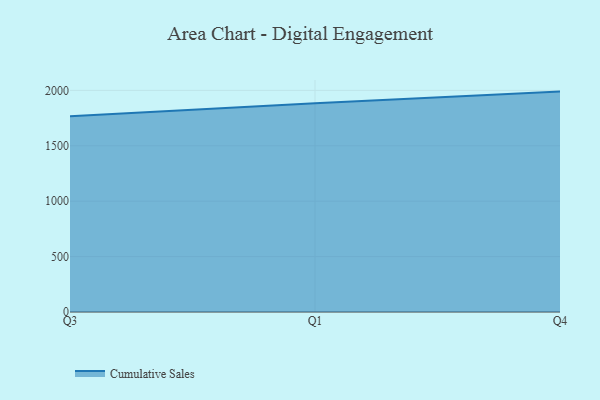
{"axis": {"x": "Quarter", "y": "Tickets Resolved"}, "legend": ["Cumulative Sales"], "data": [{"x": "Q3", "y": 1766.1, "type": "Cumulative Sales"}, {"x": "Q1", "y": 1884.4, "type": "Cumulative Sales"}, {"x": "Q4", "y": 1989.1, "type": "Cumulative Sales"}]}